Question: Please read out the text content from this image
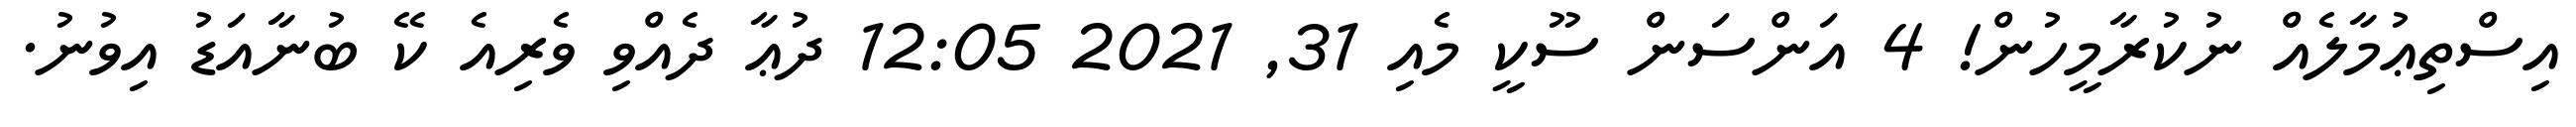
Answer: އިސްތިޢުމާލެއް ނުކުރާމީހުން! 4 އަންސަން ސޫކީ މެއި 31, 2021 12:05 ދުޢާ ދެއްވި ވެރިއެ ކޭ ބުނާއަޑު އިވުނު.